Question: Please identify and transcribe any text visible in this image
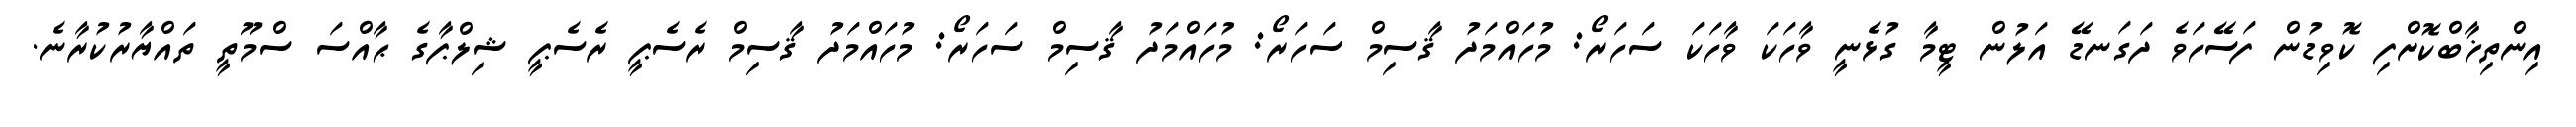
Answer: އިންތިޚާބްކޮށްފި ކޮވިޑުން ފަސޭހަވެ ދަގަނޑޭ އަލުން ޓީމާ ގުޅެނީ ވާހަކަ ވާހަކަ ސަހަރޯ: މުހައްމަދު ޤާސިމް ސަހަރޯ: މުހައްމަދު ޤާސިމް ސަހަރޯ: މުހައްމަދު ޤާސިމް ރެސެޕީ ރެސެޕީ ޝިލްޕާގެ ޙާއްސަ ސްމޫތީ ތައްޔާރުކުރާނެ.